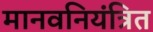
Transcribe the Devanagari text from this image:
मानवनियंत्रित